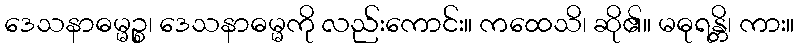
ဒေသနာဓမ္မဉ္စ၊ ဒေသနာဓမ္မကို လည်းကောင်း။ ကထေသိ၊ ဆို၏။ မဓုရန္တိ၊ ကား။